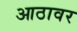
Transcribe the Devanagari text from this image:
आठावर